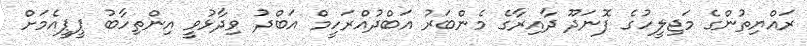
ރައްޔިތުންގެ މަޖިލީހުގެ ފޮނަދޫ ދާއިރާގެ މެންބަރު އަބްދުއްރަހީމް އަބްދު ވިދާޅުވީ އިންތިހާބު ޕީޕީއެމަށް